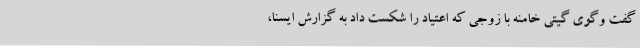
گفت وگوی گیتی خامنه با زوجی که اعتیاد را شکست داد به گزارش ایسنا،